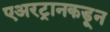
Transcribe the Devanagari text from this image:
एअरट्रानकडून